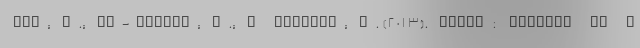
Sen, K., Al-Faisal, W., & AlSaleh, Y. (2013). Syria: effects of c